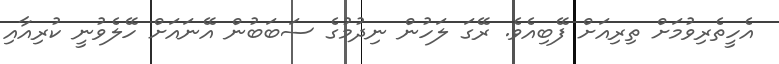
އެހީތެރިވުމަށް ތިރިއަށް ފޭބިއެވެ. ރޭގަ ލަހުން ނިދުމުގެ ސަބަބުން އޭނައަށް ހޭލެވުނީ ކުރިއާއި